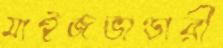
মাইজভাণ্ডারী